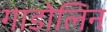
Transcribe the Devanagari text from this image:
गाडोलिन